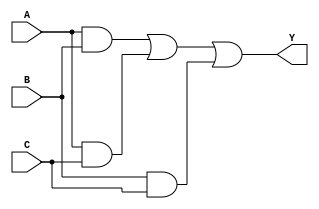
module HybridMinimization(
    input wire A,
    input wire B,
    input wire C,
    output wire Y
);

// Intermediate signals for minimized logic
wire notA, notB, notC;
wire term1, term2, term3, term4;

// Generate NOT signals
not (notA, A);
not (notB, B);
not (notC, C);

// Algebraic Minimization Example
// Assuming the minimized expression is: Y = AB + AC + BC
assign term1 = A & B; // AB
assign term2 = A & C; // AC
assign term3 = B & C; // BC

// Final output logic using OR gate
assign Y = term1 | term2 | term3;

endmodule